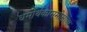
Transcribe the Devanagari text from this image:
धर्मार्थकाममोक्षाणा